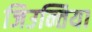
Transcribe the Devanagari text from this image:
जिउन्तिया